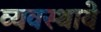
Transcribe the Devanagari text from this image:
व्यवस्थाये